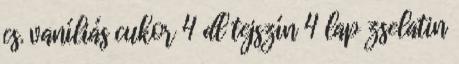
cs. vaníliás cukor 4 dl tejszín 4 lap zselatin